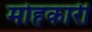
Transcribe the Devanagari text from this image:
मोहकारी